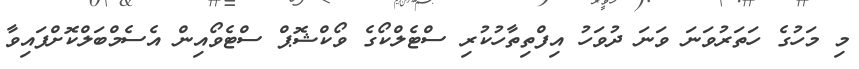
މި މަހުގެ ހަތަރުވަނަ ވަނަ ދުވަހު އިފްތިތާހުކުރި ސްޓެލްކޯގެ ވޯކްޝޮޕް ސްޓެވޯއިން އެސެމްބަލްކޮށްފައިވާ